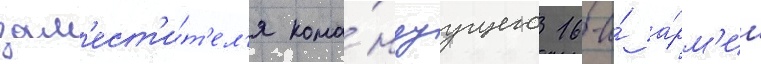
зам'ест'и́т'ел'я кома́ндуущего 16-и́ а́рм'ии